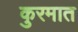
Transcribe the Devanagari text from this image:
कुरमात